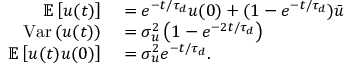
\begin{array} { r l } { \mathbb { E } \left[ u ( t ) \right] } & { { } = e ^ { - t / \tau _ { d } } u ( 0 ) + ( 1 - e ^ { - t / \tau _ { d } } ) \bar { u } } \\ { \mathrm { V a r } \left( u ( t ) \right) } & { { } = \sigma _ { u } ^ { 2 } \left( 1 - e ^ { - 2 t / \tau _ { d } } \right) } \\ { \mathbb { E } \left[ u ( t ) u ( 0 ) \right] } & { { } = \sigma _ { u } ^ { 2 } e ^ { - t / \tau _ { d } } . } \end{array}